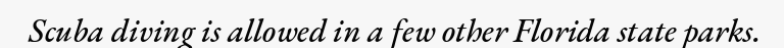
Scuba diving is allowed in a few other Florida state parks.